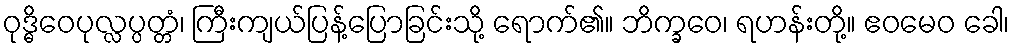
ဝုဒ္ဓိဝေပုလ္လပ္ပတ္တံ၊ ကြီးကျယ်ပြန့်ပြောခြင်းသို့ ရောက်၏။ ဘိက္ခဝေ၊ ရဟန်းတို့။ ဧဝမေဝ ခေါ၊